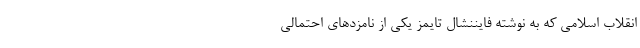
انقلاب اسلامی که به نوشته فایننشال تایمز یکی از نامزدهای احتمالی